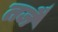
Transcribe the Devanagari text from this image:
तजै